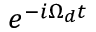
e ^ { - i \Omega _ { d } t }